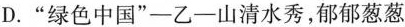
D.”绿色中国”——乙——山清水秀，郁郁葱葱